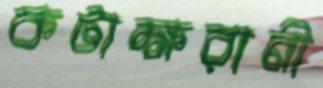
কটাক্ষরানী